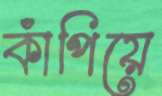
কাঁপিয়ে